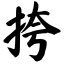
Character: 挎